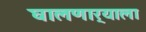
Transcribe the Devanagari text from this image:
घालणार्‍याला